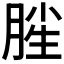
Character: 𣍺